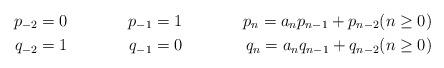
LaTeX: \begin{align*}p_{-2} = 0 & & p_{-1} = 1 & & p_n = a_n p_{n-1} + p_{n-2} & (n \geq 0) \\q_{-2} = 1 & & q_{-1} = 0 & & q_n = a_n q_{n-1} + q_{n-2} & (n \geq 0) \\\end{align*}